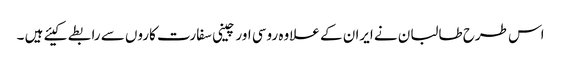
اس طرح طالبان نے ایران کے علاوہ روسی اور چینی سفارت کاروں سے رابطے کیئے ہیں ۔